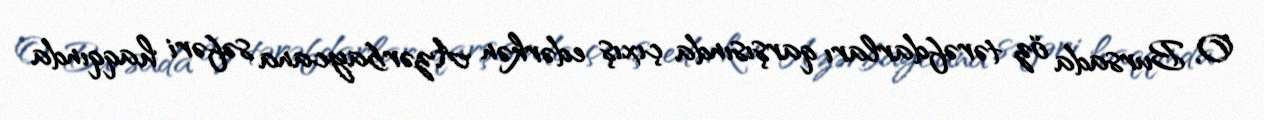
O, Bursada öz tərəfdarları qarşısında çıxış edərkən Azərbaycana səfəri haqqında